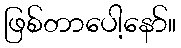
ဖြစ်တာပေါ့နော်။